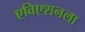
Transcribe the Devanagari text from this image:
एविएशनला